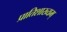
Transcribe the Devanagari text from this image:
प्रातिशाख्यम्